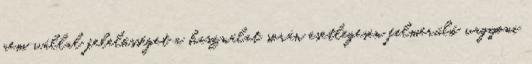
nem vállal felelősséget a használat során esetlegesen felmerülő vagyoni